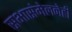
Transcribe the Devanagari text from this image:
सभासंमेलनेही